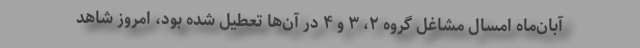
آبان‌ماه امسال مشاغل گروه ۲، ۳ و ۴ در آن‌ها تعطیل شده بود، امروز شاهد